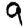
Digit: 9